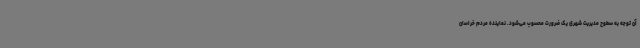
آن توجه به سطوح مدیریت شهری یک ضرورت محسوب می‌شود. نماینده مردم خراسان